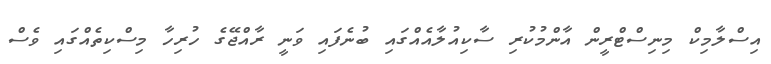
އިސްލާމިކް މިނިސްޓްރީން އާންމުކުރި ސާކިއުލާއެއްގައި ބުނެފައި ވަނީ ރާއްޖޭގެ ހުރިހާ މިސްކިތެއްގައި ވެސް